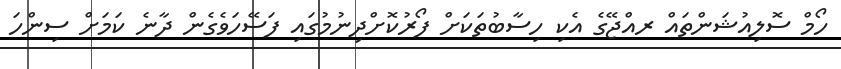
ހޯމް ސޮލިއުޝަންތައް ރއްޖޭގެ އެކި ހިސާބުތަކަށް ފޯރުކޮށްދިނުމުގައި ފަސޭހަވެގެން ދާނެ ކަމަށް ސިންހަ